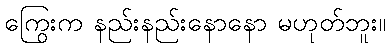
ကြွေးက နည်းနည်းနောနော မဟုတ်ဘူး။